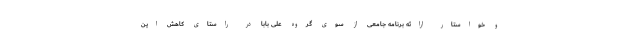
و خواستار ارائه برنامه جامعی از سوی گروه علی بابا در راستای کاهش این